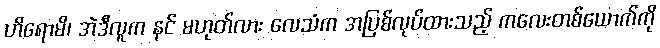
ဟိရောမိ၊ အဲဒီလူက နင် မဟုတ်လား လေသံက အပြစ်လုပ်ထားသည့် ကလေးတစ်ယောက်ကို